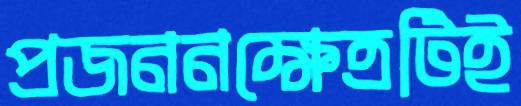
প্রজননক্ষেত্রটিই